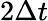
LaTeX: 2\Delta t